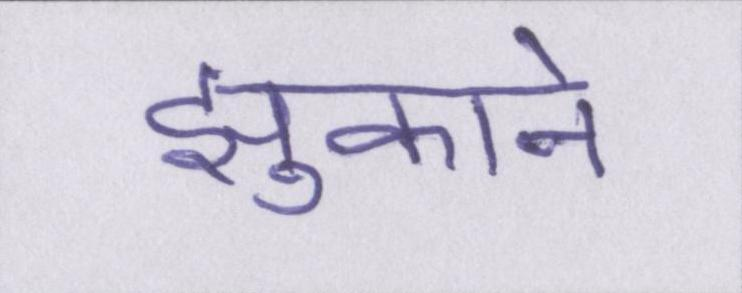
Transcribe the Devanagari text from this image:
झुकाने